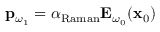
\begin{array} { r } { \mathbf { p } _ { \omega _ { 1 } } = \boldsymbol { \alpha } _ { \mathrm { R a m a n } } \mathbf { E } _ { \omega _ { 0 } } ( \mathbf { x } _ { 0 } ) } \end{array}